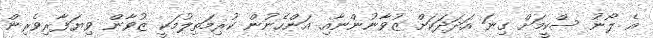
އެ ލޯނު ސްކީމަށް ގިނަ އަދަދަކަށް ޒުވާނުންނާއި އަންހެނުން ކުރިމަތިލުމަކީ ޒުވާން ވިޔަފާރިވެރިން